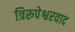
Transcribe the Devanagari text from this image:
त्रिरूपेश्वरवाद